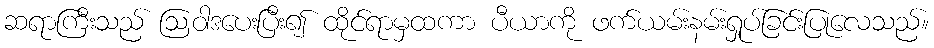
ဆရာကြီးသည် ဩဝါဒပေးပြီး၍ ထိုင်ရာမှထကာ ပီယာကို ဖက်ယမ်းနမ်းရှုပ်ခြင်းပြုလေသည်။